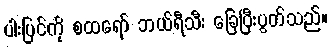
ပါးပြင်ကို စထရော် ဘယ်ရီသီး ခြေပြီးပွတ်သည်။